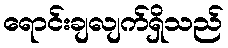
ရောင်းချလျက်ရှိသည်